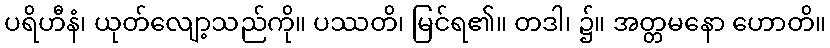
ပရိဟီနံ၊ ယုတ်လျော့သည်ကို။ ပဿတိ၊ မြင်ရ၏။ တဒါ၊ ၌။ အတ္တမနော ဟောတိ။